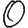
Digit: 0